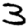
Digit: 3